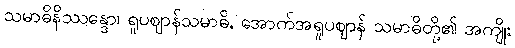
သမာဓိနိဿန္ဒော၊ ရူပဈာန်သမာဓိ, အောက်အရူပဈာန် သမာဓိတို့၏ အကျိုး